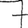
Digit: 7